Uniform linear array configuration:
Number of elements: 64
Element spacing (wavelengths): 0.25
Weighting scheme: kaiser
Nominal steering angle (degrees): -45
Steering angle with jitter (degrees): -43.642
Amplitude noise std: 0.05
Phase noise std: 0.05

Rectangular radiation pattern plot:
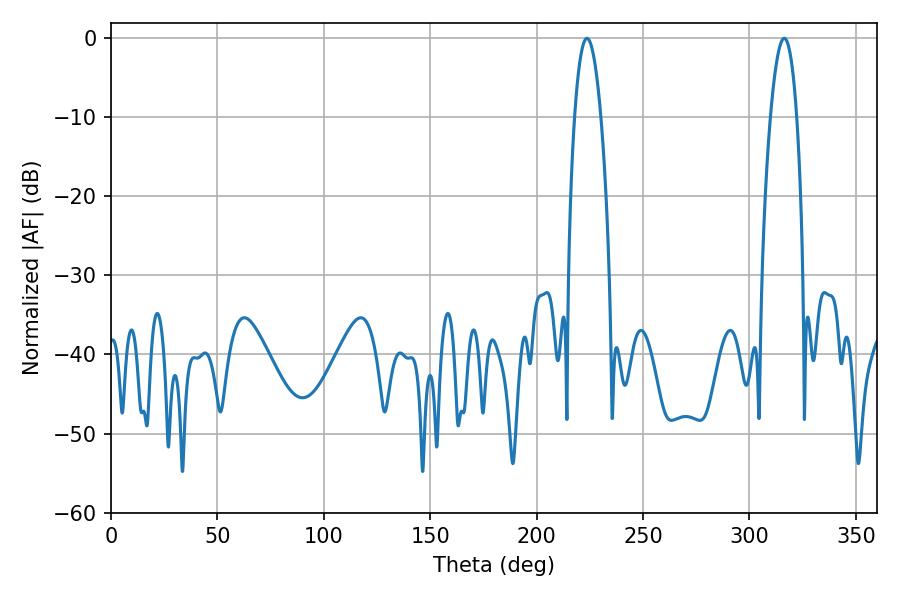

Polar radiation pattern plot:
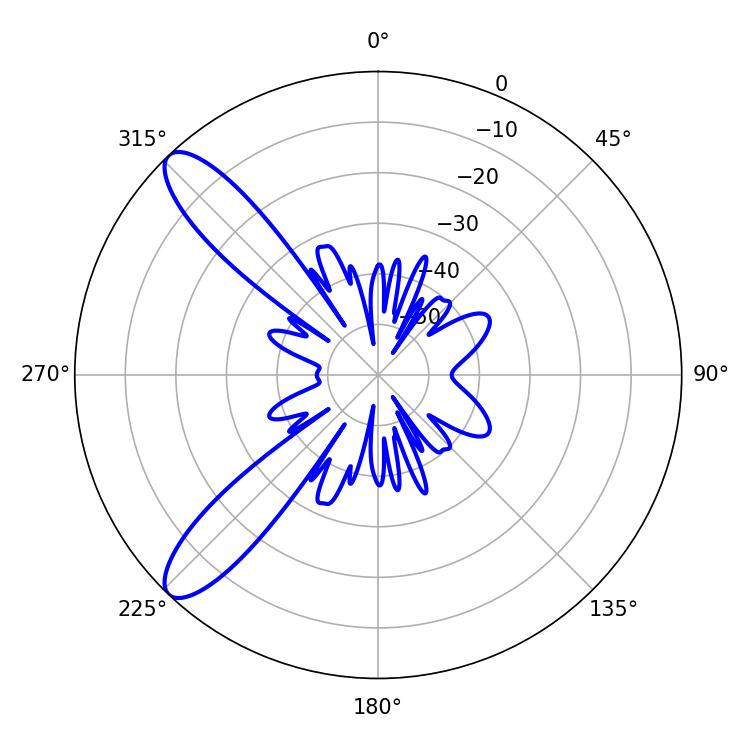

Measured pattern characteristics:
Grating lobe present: FALSE
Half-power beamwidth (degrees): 6.84
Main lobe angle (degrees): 223.74